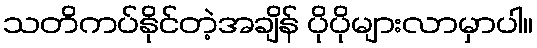
သတိကပ်နိုင်တဲ့အချိန် ပိုပိုများလာမှာပါ။